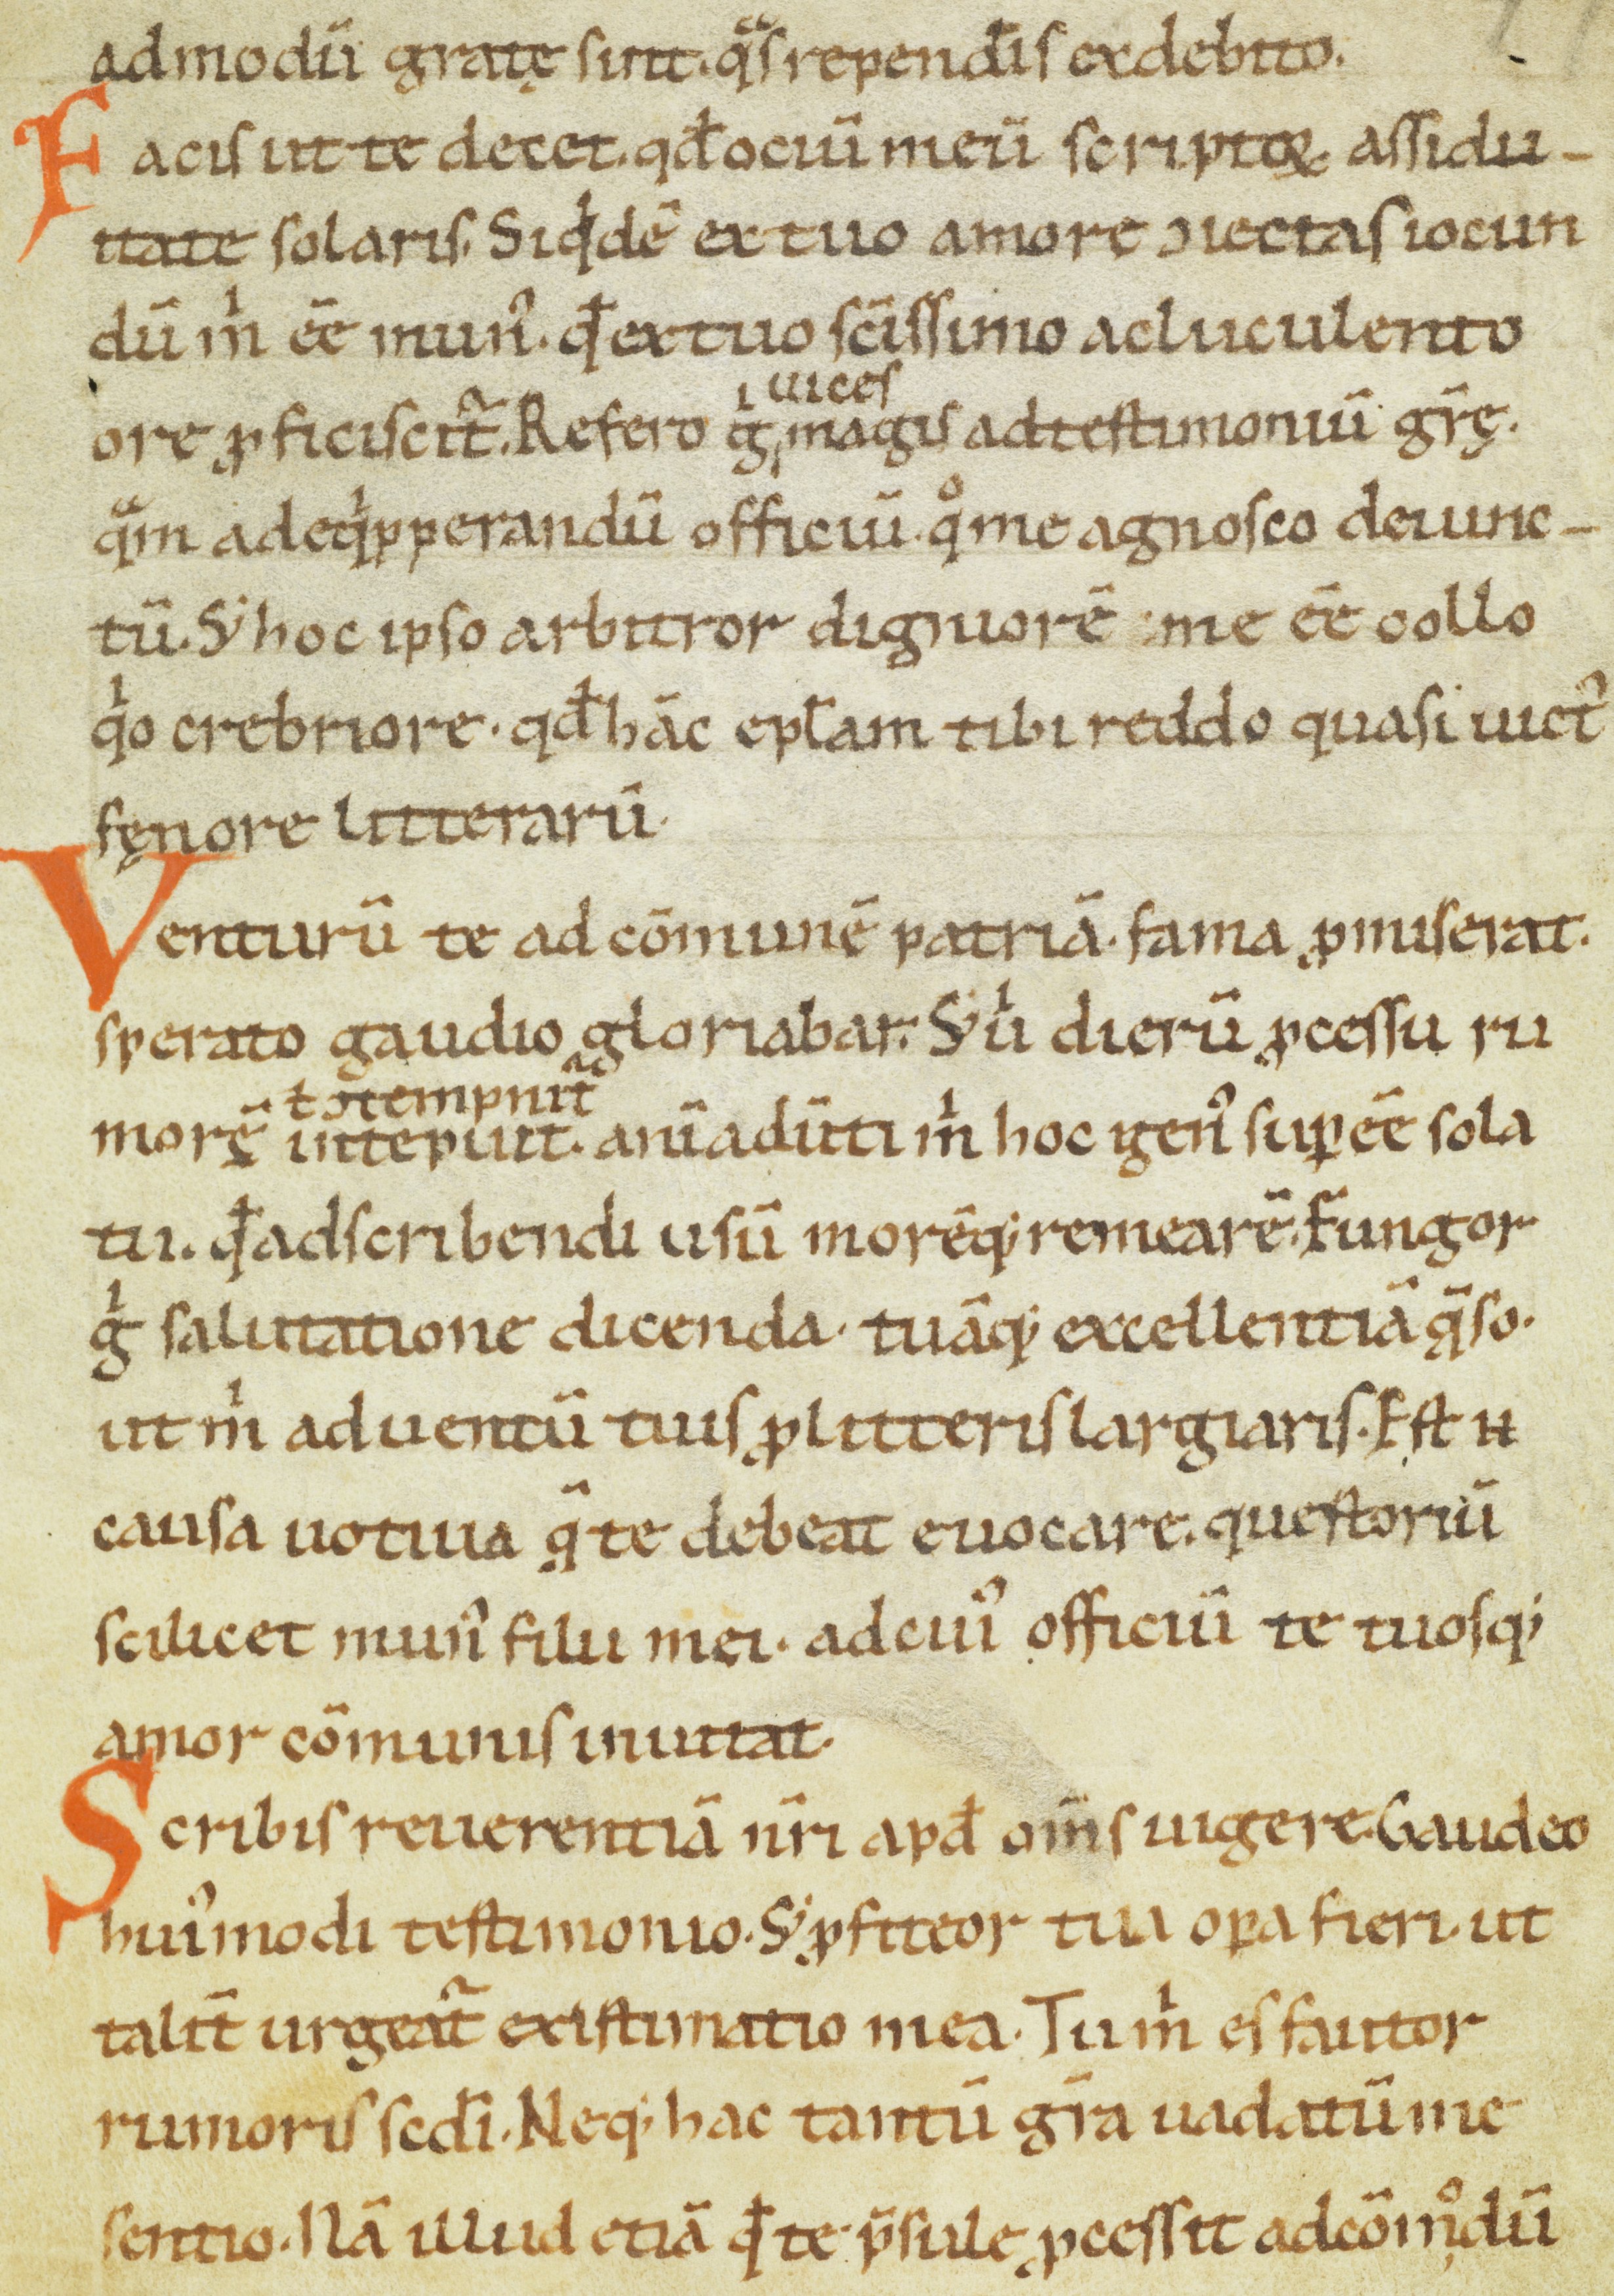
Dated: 1100–1199